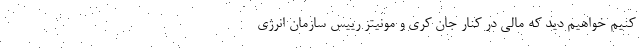
کنیم خواهیم دید که مالی در کنار جان کری و مونیتز رییس سازمان انرژی